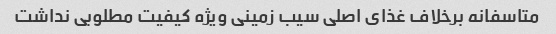
متاسفانه برخلاف غذای اصلی سیب زمینی ویژه کیفیت مطلوبی نداشت